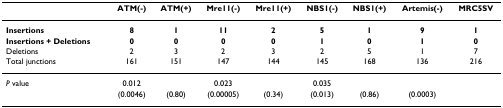
<table><thead><tr><td></td><td><b>ATM(-)</b></td><td><b>ATM(+)</b></td><td><b>Mre11(-)</b></td><td><b>Mre11(+)</b></td><td><b>NBS1(-)</b></td><td><b>NBS1(+)</b></td><td><b>Artemis(-)</b></td><td><b>MRC5SV</b></td></tr></thead><tbody><tr><td><b>Insertions</b></td><td><b>8</b></td><td><b>1</b></td><td><b>11</b></td><td><b>2</b></td><td><b>5</b></td><td><b>1</b></td><td><b>9</b></td><td><b>1</b></td></tr><tr><td><b>Insertions + Deletions</b></td><td><b>0</b></td><td><b>0</b></td><td><b>0</b></td><td><b>0</b></td><td><b>1</b></td><td><b>0</b></td><td><b>1</b></td><td><b>0</b></td></tr><tr><td>Deletions</td><td>2</td><td>3</td><td>2</td><td>3</td><td>2</td><td>5</td><td>1</td><td>7</td></tr><tr><td>Total junctions</td><td>161</td><td>151</td><td>147</td><td>144</td><td>145</td><td>168</td><td>136</td><td>216</td></tr><tr><td><i>P </i>value</td><td>0.012</td><td></td><td>0.023</td><td></td><td>0.035</td><td></td><td></td><td></td></tr><tr><td></td><td>(0.0046)</td><td>(0.80)</td><td>(0.00005)</td><td>(0.34)</td><td>(0.013)</td><td>(0.86)</td><td>(0.0003)</td><td></td></tr></tbody></table>